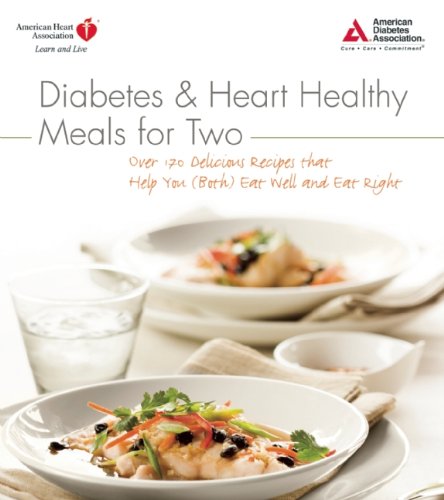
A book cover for Diabetes and Heart Healthy Meals for Two; American Diabetes Association; Cookbooks, Food & Wine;